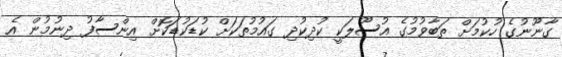
ގާނޫނުގެ ހުކުމަށް ތަބާވުމުގެ އުސޫލަކީ ކުދިކުދި ގައުމުތަކަށް ކުޑަކުޑަކޮށް އިންސާފު ދިނުމުން އެ